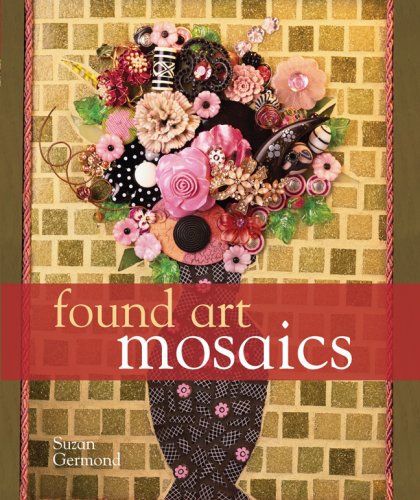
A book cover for Found Art Mosaics; Suzan Germond; Crafts, Hobbies & Home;